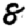
Digit: 8